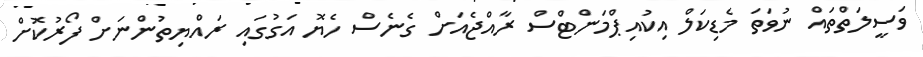
ވަސީލަތްތައް ނުވަތަ މެޑިކަލް އިކުއިޕްމަންޓްސް ރާއްޖެއަށް ގެނެސް ހެޔޮ އަގުގައި ރައްޔިތުންނަށް ފޯރުކޮށް